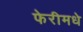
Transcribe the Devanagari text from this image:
फेरीमधे